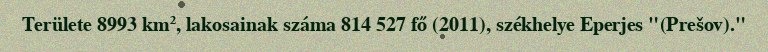
Területe 8993 km², lakosainak száma 814 527 fő (2011), székhelye Eperjes "(Prešov)."